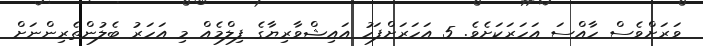
ވަރަށްވެސް ހާއްސަ އަހަރަކަށެވެ. 5 އަހަރަށްފަހު އައިޝްވާރިޔާގެ ފިލްމެއް މި އަހަރު ބެލުންތެރިންނަށް